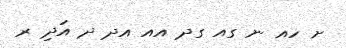
ށ ހއ ނ ގއ ގދ އއ އދ ދ އަދި ރ